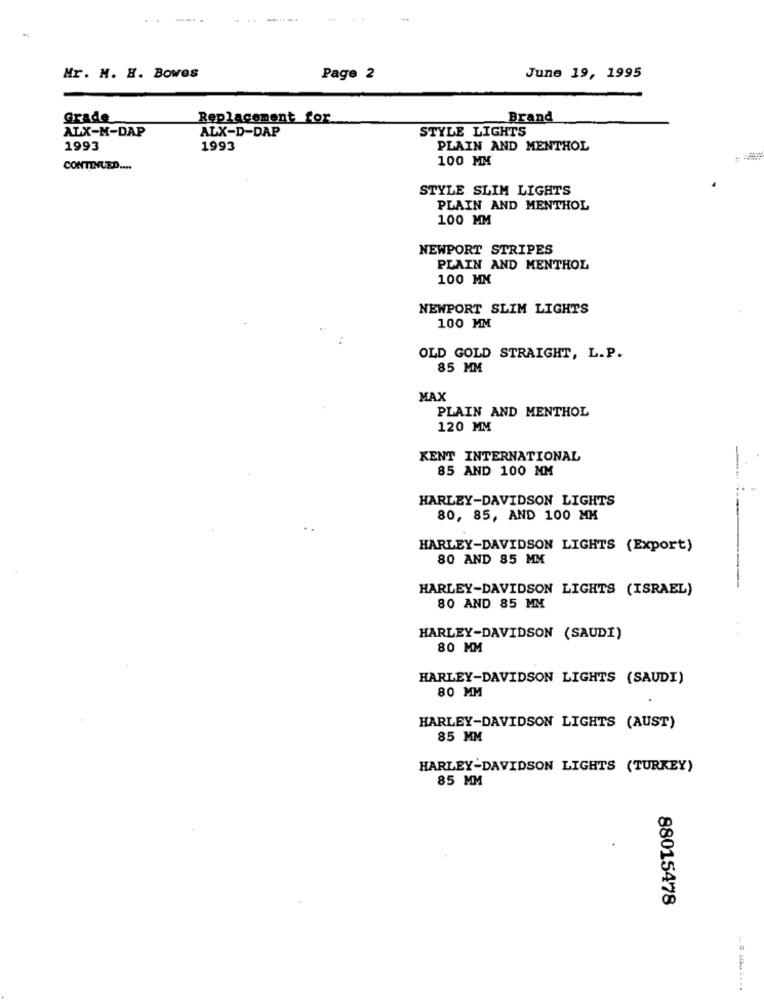
...
June 19, 1995
Mr. M. H. Bowes
Page 2
Grade
Replacement for
Brand
ALX-M-DAP
ALX-D-DAP
STYLE LIGHTS
1993
1993
PLAIN AND MENTHOL
100 MM
CONTINUED ....
STYLE SLIM LIGHTS
PLAIN AND MENTHOL
100 MM
NEWPORT STRIPES
PLAIN AND MENTHOL
100 MM
NEWPORT SLIM LIGHTS
100 MM
OLD GOLD STRAIGHT, L.P.
85 MM
MAX
PLAIN AND MENTHOL
120 MM
KENT INTERNATIONAL
85 AND 100 MM
HARLEY-DAVIDSON LIGHTS
80, 85, AND 100 MM
HARLEY-DAVIDSON LIGHTS (Export)
80 AND 85 MM
HARLEY-DAVIDSON LIGHTS (ISRAEL)
80 AND 85 MM
HARLEY-DAVIDSON (SAUDI)
80 MM
HARLEY-DAVIDSON LIGHTS (SAUDI)
80 MM
HARLEY-DAVIDSON LIGHTS (AUST)
85 MM
HARLEY-DAVIDSON LIGHTS (TURKEY)
85 MM
88015478